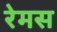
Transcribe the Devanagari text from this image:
रेमस